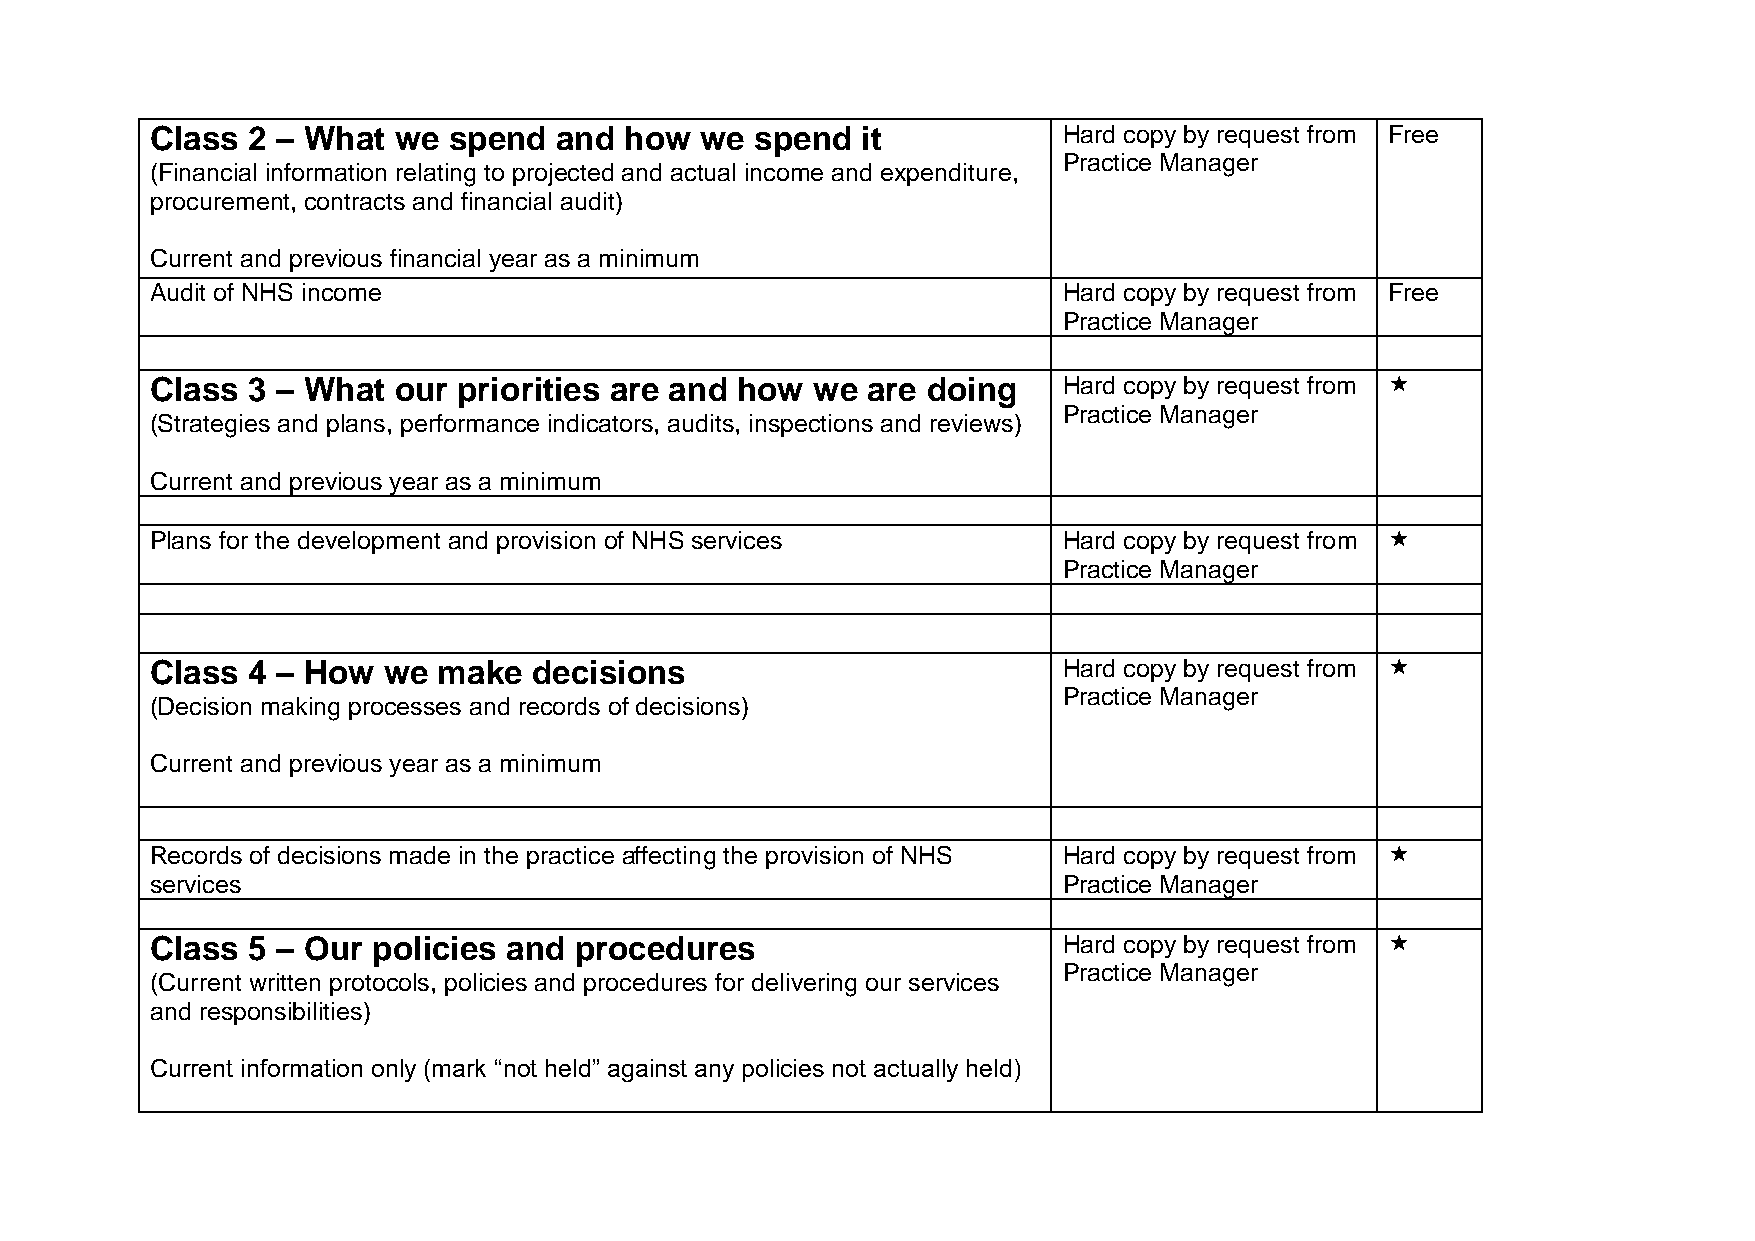
Class 2 – What  we  spend  and how  we  spend  it           Hard copy by request from Free
 Practice Manager
 (Financial information relating to projected and actual income and expenditure,
 procurement, contracts and financial audit)
 Current and previous financial year as a minimum
 Audit of NHS income                                         Hard copy by request from Free
 Practice Manager
 Class 3 – What  our priorities are and how  we are doing    Hard copy by request from 
 Practice Manager
 (Strategies and plans, performance indicators, audits, inspections and reviews)
 Current and previous year as a minimum
 Plans for the development and provision of NHS services     Hard copy by request from 
 Practice Manager
 Class 4 – How  we  make  decisions                          Hard copy by request from 
 Practice Manager
 (Decision making processes and records of decisions)
 Current and previous year as a minimum
 Records of decisions made in the practice affecting the provision of NHS Hard copy by request from 
 services                                                    Practice Manager
 Class 5 – Our  policies and procedures                      Hard copy by request from 
 Practice Manager
 (Current written protocols, policies and procedures for delivering our services
 and responsibilities)
 Current information only (mark “not held” against any policies not actually held)